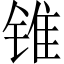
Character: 锥